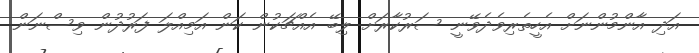
އަދި އާންމުންނަށް އެހީތެރިވެދެވޭނީ ސަރުކާރަށް ލިބޭ އެއްޗަކުން ކަން އަމިއްލަ ފަރުދުން ވިސްނަން